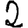
Digit: 2